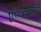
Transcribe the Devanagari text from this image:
सुरक्षेसाठीही